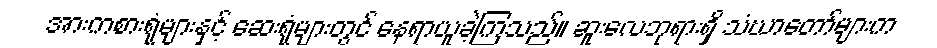
အားကစားရုံများနှင့် ဆေးရုံများတွင် နေရာယူခဲ့ကြသည်။ ဆူးလေဘုရားရှိ သံဃာတော်များက